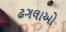
ઢગલાઓ